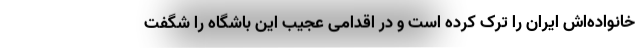
خانواده‌اش ایران را ترک کرده است و در اقدامی عجیب این باشگاه را شگفت